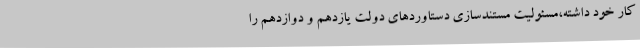
کار خود داشته،مسئولیت مستندسازی دستاوردهای دولت یازدهم و دوازدهم را